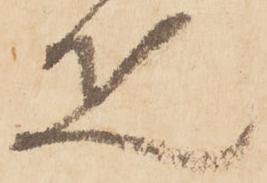
疋